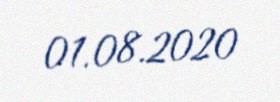
01.08.2020